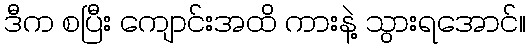
ဒီက စပြီး ကျောင်းအထိ ကားနဲ့ သွားရအောင်။